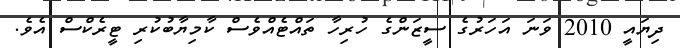
ދިޔައީ 2010 ވަނަ އަހަރުގެ ސީޒަންގެ ހުރިހާ ތައްޓެއްވެސް ކާމިޔާބުކުރި ޓީރެކްސް އެވެ.